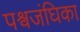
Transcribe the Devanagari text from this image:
पश्वजंघिका